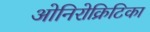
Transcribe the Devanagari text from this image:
ओनिरोक्रिटिका